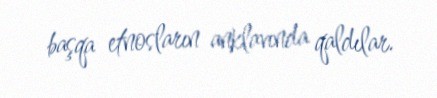
başqa etnosların anklavında qaldılar.